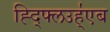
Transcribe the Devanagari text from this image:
ह्द्फ्लिउह्॑एब